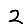
Digit: 2